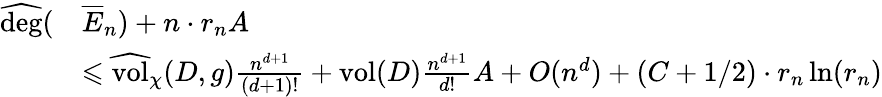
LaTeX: \begin{array}{rl}{\widehat{\mathrm{deg}}(}&{\overline{E}_{n})+n\cdot r_{n}A}\\ &{\leqslant\widehat{\mathrm{vol}}_{\chi}(D,g)\frac{n^{d+1}}{(d+1)!}+\mathrm{vol}(D)\frac{n^{d+1}}{d!}A+O(n^{d})+(C+1/2)\cdot r_{n}\ln(r_{n})}\end{array}